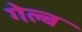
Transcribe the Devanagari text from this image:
गेल्ब